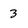
Character: 3